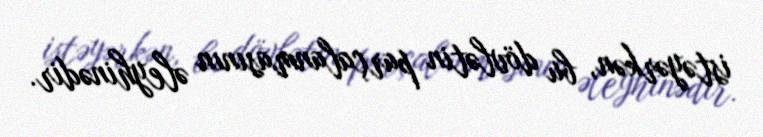
istəyərkən, bu dövlətin parçalanmasının əleyhinədir.